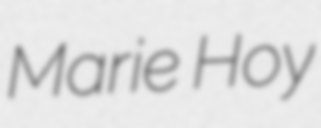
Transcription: Marie Hoy